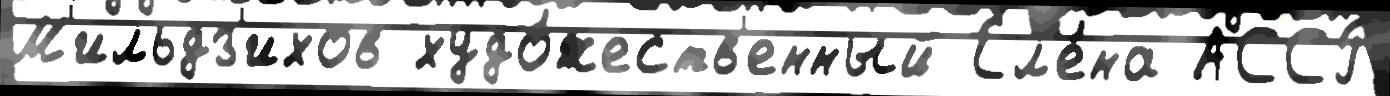
М'ильдз'ихов худо́жеств'енный Ел'е́на АССР